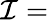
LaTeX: \mathcal{I}=